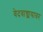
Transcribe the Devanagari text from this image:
वेदवाङ्मयावर